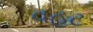
વહટ